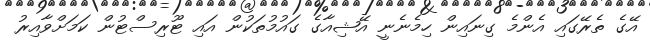
އޭގެ ތެރޭގައި އެންމެ ގިނައިން ހިމެނެނީ އޭޝިއާގެ ގައުމުތަކުން އައި ޓޫރިސްޓުން ކަމަށްވާއިރު